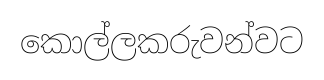
කොල්ලකරුවන්වට